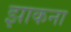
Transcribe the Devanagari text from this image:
झाकना